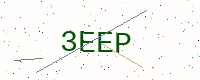
Text: 3EEP